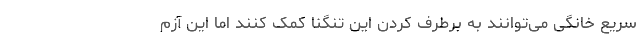
سریع خانگی می‌توانند به برطرف کردن این تنگنا کمک کنند اما این آزم